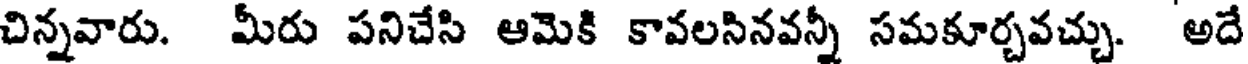
చిన్నవారు. మీరు పనిచేసి ఆమెకి కావలసినవన్నీ సమకూర్చవచ్చు. అదే